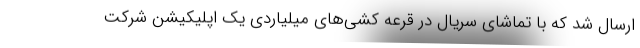
ارسال شد که با تماشای سریال در قرعه کشی‌های میلیاردی یک اپلیکیشن شرکت